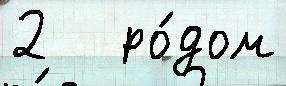
2   ро́дом